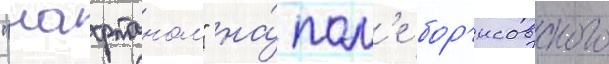
"нафтаном" на́ пол'е бор'исовского